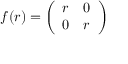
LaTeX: f ( r ) = { \left( \begin{array} { l l } { r } & { 0 } \\ { 0 } & { r } \end{array} \right) }